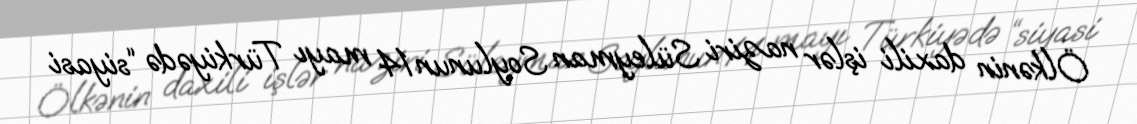
Ölkənin daxili işlər naziri Süleyman Soylunun 14 mayı Türkiyədə “siyasi